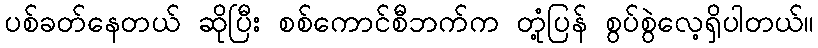
ပစ်ခတ်နေတယ် ဆိုပြီး စစ်ကောင်စီဘက်က တုံ့ပြန် စွပ်စွဲလေ့ရှိပါတယ်။